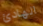
الهادئ